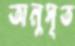
অনুসৃত